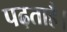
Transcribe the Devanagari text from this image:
पढ़ताहै।